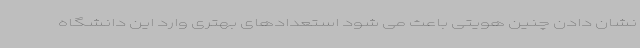
نشان دادن چنین هویتی باعث می شود استعدادهای بهتری وارد این دانشگاه